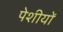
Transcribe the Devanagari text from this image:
पेशीयों